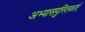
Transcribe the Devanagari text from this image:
अभ्यासपुस्तिकाएँ